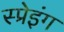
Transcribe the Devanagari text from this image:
स्प्रेइंग